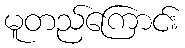
မူတည်ကြောင်း